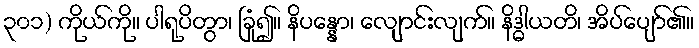
၃၀၁) ကိုယ်ကို။ ပါရုပိတွာ၊ ခြုံ၍။ နိပန္နော၊ လျောင်းလျက်။ နိဒ္ဓါယတိ၊ အိပ်ပျော်၏။